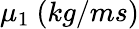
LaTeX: \mu_{1}\mathrm{~}(kg/ms)